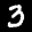
Label: 3